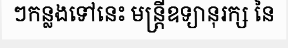
ៗកន្លងទៅនេះ មន្ត្រីឧទ្យានុរក្ស នៃ